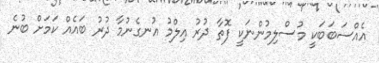
އެއްސަބަބަކީ މުސްލިމުންނަކީ ފޮތާ ދުރު އިލްމު އުނގެނުމާ ދުރު ބައެއް ކަމަށް ބުނެ